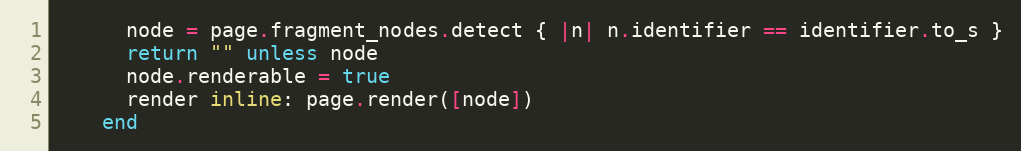
Language: Ruby
      node = page.fragment_nodes.detect { |n| n.identifier == identifier.to_s }
      return "" unless node
      node.renderable = true
      render inline: page.render([node])
    end